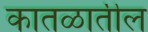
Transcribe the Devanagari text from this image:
कातळातील